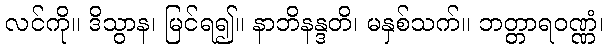
လင်ကို။ ဒိသွာန၊ မြင်ရ၍။ နာဘိနန္ဒတိ၊ မနှစ်သက်။ ဘတ္တာရဝဏ္ဏံ၊